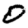
Digit: 0